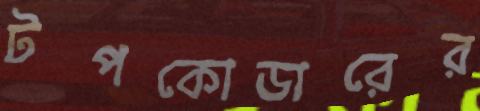
টপকোডারের